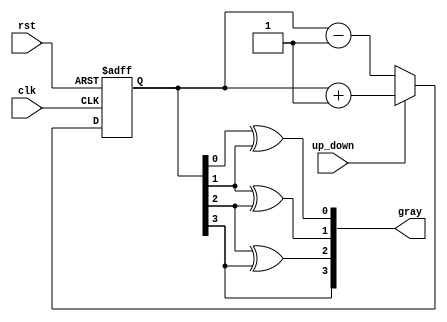
module UpDownGrayCounter (
    input wire clk,
    input wire rst,
    input wire up_down,
    output reg [3:0] gray
);

reg [3:0] count;

always @(posedge clk or posedge rst) begin
    if (rst) begin
        count <= 4'b0000;
    end else begin
        if (up_down) begin
            count <= count + 1;
        end else begin
            count <= count - 1;
        end
    end
end

assign gray[0] = count[0] ^ count[1];
assign gray[1] = count[1] ^ count[2];
assign gray[2] = count[2] ^ count[3];
assign gray[3] = count[3];

endmodule